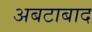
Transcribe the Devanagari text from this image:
अबटाबाद